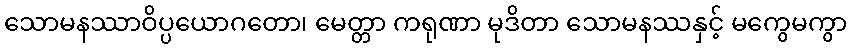
သောမနဿာဝိပ္ပယောဂတော၊ မေတ္တာ ကရုဏာ မုဒိတာ သောမနဿနှင့် မကွေမကွာ